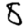
Digit: 8